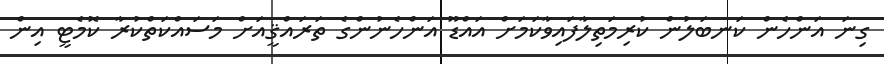
ގިނަ އަންހެން ކަނބަލުން ކުރިމަތިލާފައިވާކަމަށް އައްޑޫ އަންހެނުންގެ ތަރައްޤީއަށް މަސައްކަތްކުރާ ކޮމެޓީ އިން